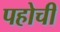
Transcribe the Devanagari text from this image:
पहोची